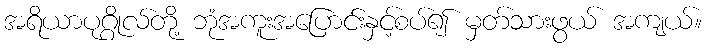
အရိယာပုဂ္ဂိုလ်တို့ ဘုံအကူးအပြောင်းနှင့်စပ်၍ မှတ်သားဖွယ် အကျယ်။